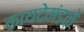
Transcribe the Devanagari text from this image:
कायदेमंडळे